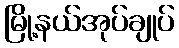
မြို့နယ်အုပ်ချုပ်